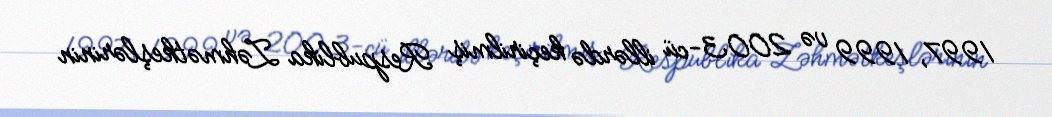
1997, 1999 və 2003-cü illərdə keçirilmiş Respublika Zəhmətkeşlərinin